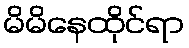
မိမိနေထိုင်ရာ